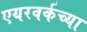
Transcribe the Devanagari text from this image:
एयरवर्कच्या